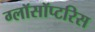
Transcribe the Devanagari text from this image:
ग्लॉसॉप्टरिस